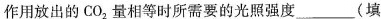
作用放出的CO_{2} 量相等时所需要的光照强度___(填